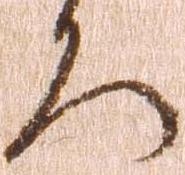
ろ